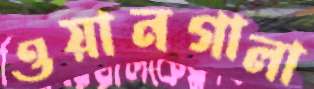
ওয়ানগালা